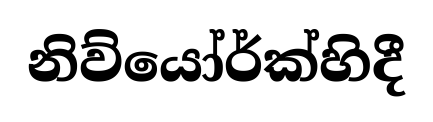
නිව්යෝර්ක්හිදී